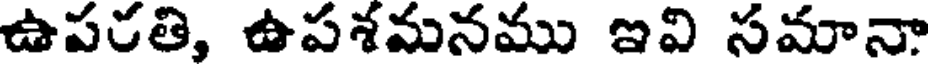
ఉపరతి, ఉపశమనము ఇవి సమానా